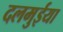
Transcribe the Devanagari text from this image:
दलमुईया